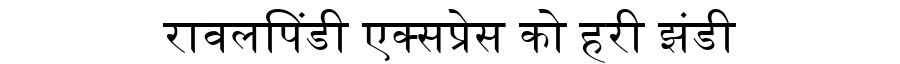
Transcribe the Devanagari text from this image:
रावलपिंडी एक्सप्रेस को हरी झंडी